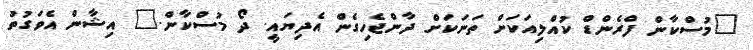
"މުސްކާން ފްރެންޑް ކުއްލިއަކަށް ތަނަކަށް ދާންޖެހިގެން އެދިޔައީ. ދޯ މުސްކާން." އިޝާން އެވަގުތު